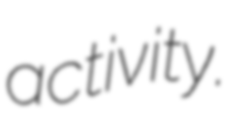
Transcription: activity.